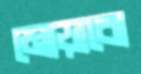
মোড়াবো